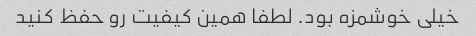
خیلى خوشمزه بود. لطفا همین کیفیت رو حفظ کنید